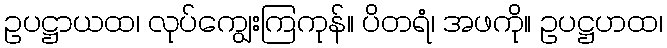
ဥပဋ္ဌာယထ၊ လုပ်ကျွေးကြကုန်။ ပိတရံ၊ အဖကို။ ဥပဋ္ဌဟထ၊